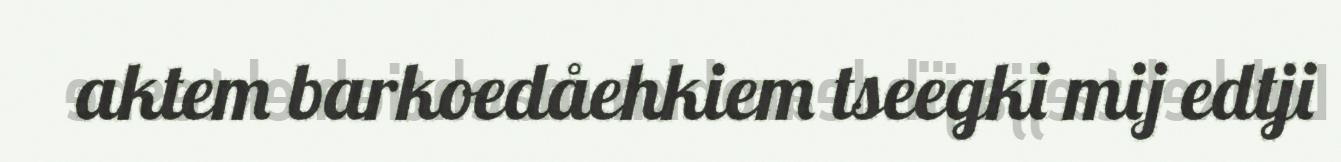
aktem barkoedåehkiem tseegki mij edtji